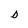
Character: D